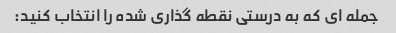
جمله ای که به درستی نقطه گذاری شده را انتخاب کنید: